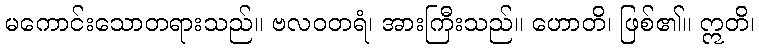
မကောင်းသောတရားသည်။ ဗလဝတရံ၊ အားကြီးသည်။ ဟောတိ၊ ဖြစ်၏။ ဣတိ၊